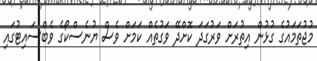
މުޖުތަމައުގެ ގުޅުން އިތުރަށް ވަރުގަދަ ކޮށްދޭ ވަގުތެއް ކަމަށް ވެސް ޔުނެސްކޯގެ ވެބްސައިޓުގައި